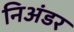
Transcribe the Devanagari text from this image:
निअंडर